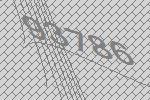
93786